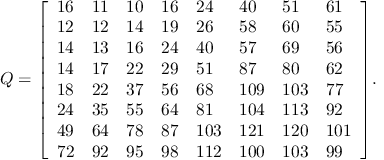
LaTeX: Q = { \left[ \begin{array} { l l l l l l l l } { 1 6 } & { 1 1 } & { 1 0 } & { 1 6 } & { 2 4 } & { 4 0 } & { 5 1 } & { 6 1 } \\ { 1 2 } & { 1 2 } & { 1 4 } & { 1 9 } & { 2 6 } & { 5 8 } & { 6 0 } & { 5 5 } \\ { 1 4 } & { 1 3 } & { 1 6 } & { 2 4 } & { 4 0 } & { 5 7 } & { 6 9 } & { 5 6 } \\ { 1 4 } & { 1 7 } & { 2 2 } & { 2 9 } & { 5 1 } & { 8 7 } & { 8 0 } & { 6 2 } \\ { 1 8 } & { 2 2 } & { 3 7 } & { 5 6 } & { 6 8 } & { 1 0 9 } & { 1 0 3 } & { 7 7 } \\ { 2 4 } & { 3 5 } & { 5 5 } & { 6 4 } & { 8 1 } & { 1 0 4 } & { 1 1 3 } & { 9 2 } \\ { 4 9 } & { 6 4 } & { 7 8 } & { 8 7 } & { 1 0 3 } & { 1 2 1 } & { 1 2 0 } & { 1 0 1 } \\ { 7 2 } & { 9 2 } & { 9 5 } & { 9 8 } & { 1 1 2 } & { 1 0 0 } & { 1 0 3 } & { 9 9 } \end{array} \right] } .